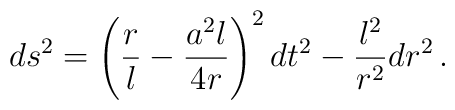
ds^2 = \left(\frac rl - \frac{a^2l}{4r}\right)^2 dt^2 - \frac{l^2}{r^2} dr^2\,.